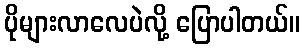
ပိုများလာလေပဲလို့ ပြောပါတယ်။